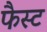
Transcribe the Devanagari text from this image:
फैस्ट